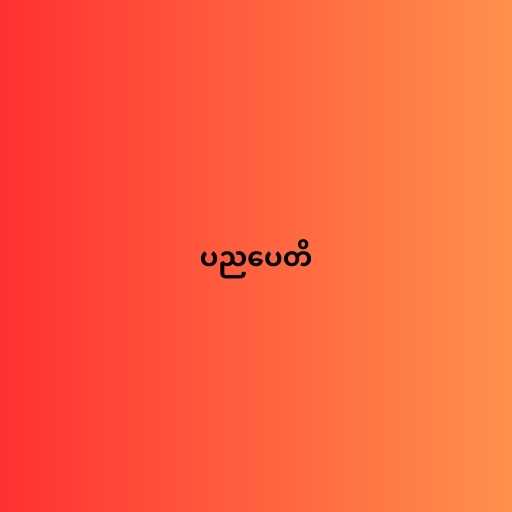
ပညပေတိ